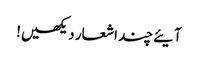
آیئے چند اشعار دیکھیں!